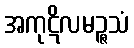
အကုဋိလမဉ္ဇသံ